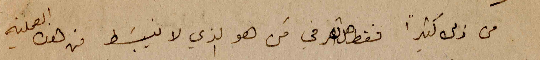
من ذلك كثيراً فقط هل تعرفي مَن هو الذي لا ينبَسط من هذه العملية